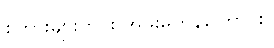
စကားများတိုင်း အဖိုးမတန်ကြောင်း။